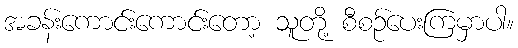
အခန်းကောင်းကောင်းတော့ သူတို့ စီစဉ်ပေးကြမှာပါ။